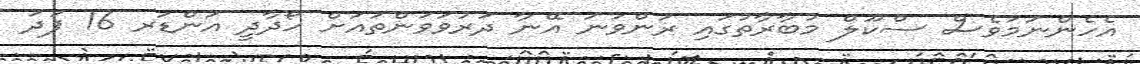
އެހެންނަމަވެސް ސްކޫލް މުބާރާތުގައި ރަންވަނަ އޭނާ ދަރުވަވަންތައަށް ހޯދާދީ އަންޑަރ 16 ފަދަ